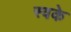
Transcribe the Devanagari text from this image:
स्वके